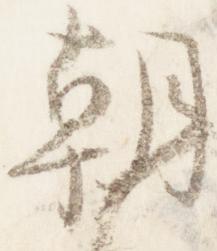
朝